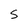
Character: s